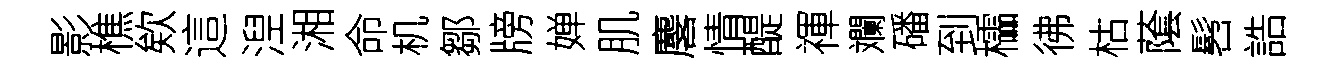
影樵欸這湼湘命机鄒牓婵肌麐情醍禈斕磻到櫺彿枯䕃髫誥